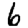
Digit: 6